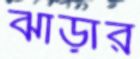
ঝাড়ার